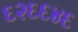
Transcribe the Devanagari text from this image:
६२६६४६